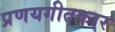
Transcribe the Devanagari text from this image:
प्रणयगीतकार